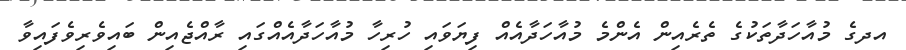
އދގެ މުއާހަދާތަކުގެ ތެރެއިން އެންމެ މުއާހަދާއެއް ފިޔަވައި ހުރިހާ މުއާހަދާއެއްގައި ރާއްޖެއިން ބައިވެރިވެފައިވާ